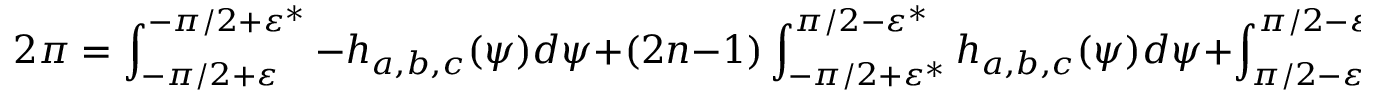
2 \pi = \int _ { - \pi / 2 + \varepsilon } ^ { - \pi / 2 + \varepsilon ^ { * } } - h _ { a , b , c } ( \psi ) d \psi + ( 2 n - 1 ) \int _ { - \pi / 2 + \varepsilon ^ { * } } ^ { \pi / 2 - \varepsilon ^ { * } } h _ { a , b , c } ( \psi ) d \psi + \int _ { \pi / 2 - \varepsilon ^ { * } } ^ { \pi / 2 - \varepsilon } - h _ { a , b , c } ( \psi ) d \psi ,